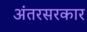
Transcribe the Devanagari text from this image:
अंतरसरकार